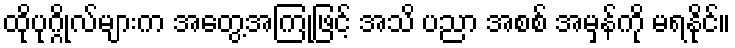
ထိုပုဂ္ဂိုလ်များက အတွေ့အကြုံဖြင့် အသိ ပညာ အစစ် အမှန်ကို မရနိုင်။